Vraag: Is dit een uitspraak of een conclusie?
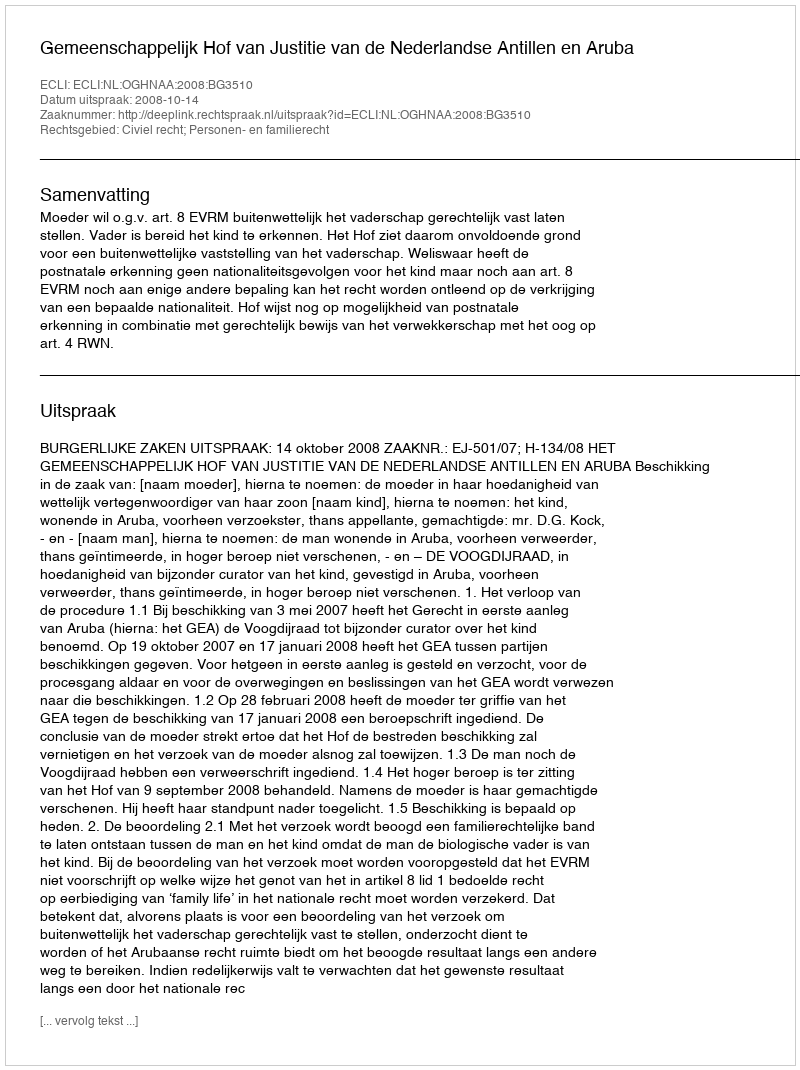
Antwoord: Uitspraak